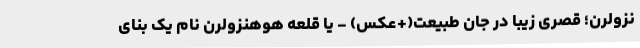
نزولرن؛ قصری زیبا در جان طبیعت(+عکس) - یا قلعه هوهنزولرن نام یک بنای